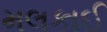
મલકાઈ